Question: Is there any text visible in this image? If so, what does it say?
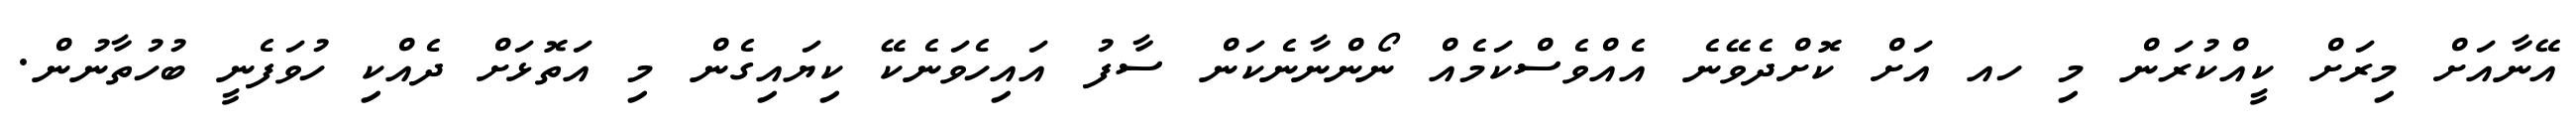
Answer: އޭނާއަށް މިރަށް ކީއްކުރަން މި ހއ އަށް ކޮށްދެވޭނެ އެއްވެސްކަމެއް ނޯންނާނެކަން ސާފު އައިހެވަނެކޭ ކިޔައިގެން މި އަތޮޅަށް ދެއްކި ހުވަފެނީ ބުހުތާނުން.